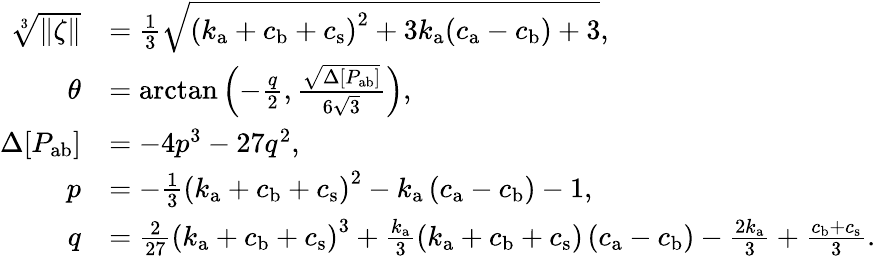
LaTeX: \begin{array}{rl}{\sqrt[3]{\| \zeta\| }}&{=\frac{1}{3}\sqrt{\left(k_{\mathrm{a}}+c_{\mathrm{b}}+c_{\mathrm{s}}\right)^{2}+3k_{\mathrm{a}}(c_{\mathrm{a}}-c_{\mathrm{b}})+3},}\\ {\theta}&{=\arctan{\left(-\frac{q}{2},\frac{\sqrt{\Delta[P_{\mathrm{ab}}]}}{6\sqrt{3}}\right)},}\\ {\Delta[P_{\mathrm{ab}}]}&{=-4p^{3}-27q^{2},}\\ {p}&{=-\frac{1}{3}\left(k_{\mathrm{a}}+c_{\mathrm{b}}+c_{\mathrm{s}}\right)^{2}-k_{\mathrm{a}}\left(c_{\mathrm{a}}-c_{\mathrm{b}}\right)-1,}\\ {q}&{=\frac{2}{27}\left(k_{\mathrm{a}}+c_{\mathrm{b}}+c_{\mathrm{s}}\right)^{3}+\frac{k_{\mathrm{a}}}{3}\left(k_{\mathrm{a}}+c_{\mathrm{b}}+c_{\mathrm{s}}\right)\left(c_{\mathrm{a}}-c_{\mathrm{b}}\right)-\frac{2k_{\mathrm{a}}}{3}+\frac{c_{\mathrm{b}}+c_{\mathrm{s}}}{3}.}\end{array}